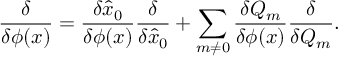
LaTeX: { \frac { \delta } { \delta \phi ( x ) } } = { \frac { \delta \hat { x } _ { 0 } } { \delta \phi ( x ) } } { \frac { \delta } { \delta \hat { x } _ { 0 } } } + \sum _ { m \neq 0 } { \frac { \delta Q _ { m } } { \delta \phi ( x ) } } { \frac { \delta } { \delta Q _ { m } } } .